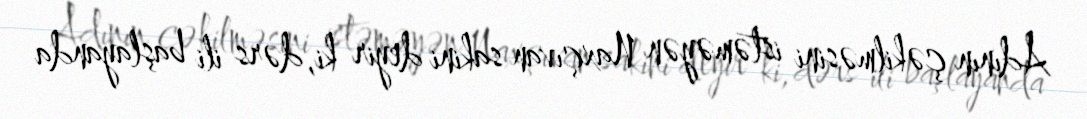
Adının çəkilməsini istəməyən Naxçıvan sakini deyir ki, dərs ili başlayanda